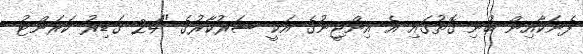
ފެނަކާއިން ބުނި ގޮތުގައި އެ އިންޖީނުގެ އަކީ ސަރުކާރުގެ "24 ގަޑިިރު ކަރަންޓު